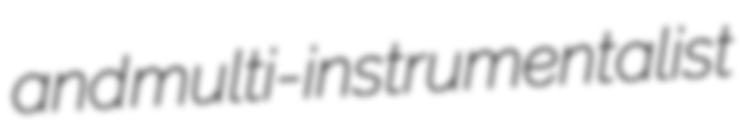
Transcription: and multi-instrumentalist